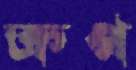
ক্রপ